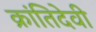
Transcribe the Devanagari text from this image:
क्रांतिदेवी